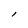
Character: l